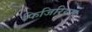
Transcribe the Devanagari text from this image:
फिजिरियम